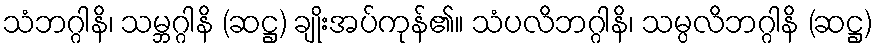
သံဘဂ္ဂါနိ၊ သမ္ဘဂ္ဂါနိ (ဆဋ္ဌ) ချိုးအပ်ကုန်၏။ သံပလိဘဂ္ဂါနိ၊ သမ္ပလိဘဂ္ဂါနိ (ဆဋ္ဌ)